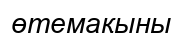
өтемақыны